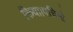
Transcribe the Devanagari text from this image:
किया।पचिनो